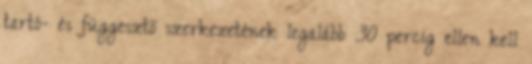
tartó- és függesztõ szerkezetének legalább 30 percig ellen kell